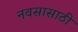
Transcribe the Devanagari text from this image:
नवसासाठी